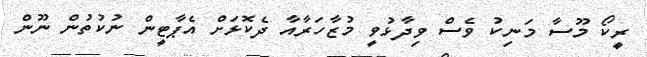
ރީކޯ މޫސާ މަނިކު ވެސް ވިދާޅުވީ މުޒާހަރާއާ ދެކޮޅަށް އެޕާޓީން ނުކުތުން ނޫން